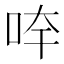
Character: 𱒙